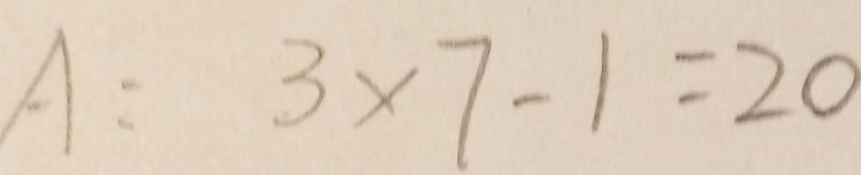
A : 3 \times 7 - 1 = 2 0